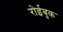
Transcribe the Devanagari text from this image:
रोईबुक